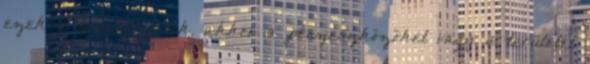
ezek a beruházások, akkor a pénzeszközöket vagy a területet